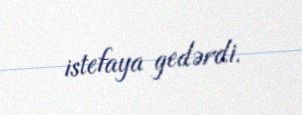
istefaya gedərdi.